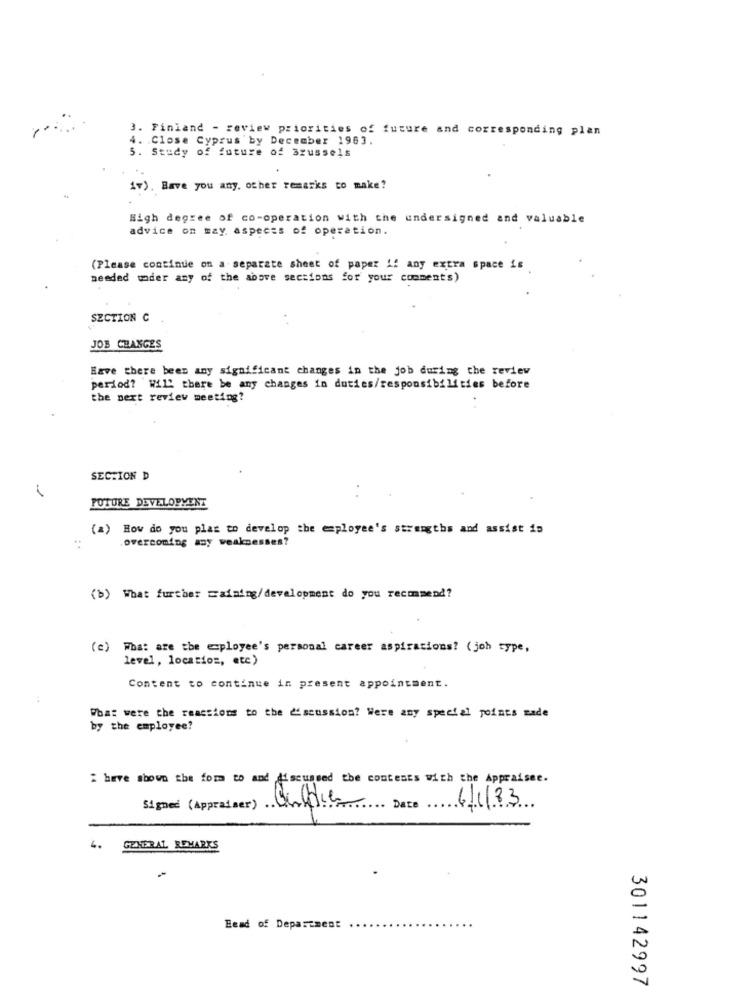
3. Finland - review priorities of future and corresponding plan
4. Close Cyprus 'by December 1963.
5. Study of future of Brussels
iv). Have you any other remarks to make?
High degree of co-operation with the undersigned and valuable
advice on may aspects of operation.
(Please continue on a separate sheet of paper !! any extra space is
needed under any of the above sections for your comments)
SECTION C
JOB CHANGES
Have there been any significant changes in the job during the review
period? Will there be any changes in duties/responsibilities before
the next review meeting?
SECTION D
1
POTURE DEVELOPMENT
(2) How do you plas to develop the employee's strengths and assist is
..
overcoming any weaknesses?
(b) What further raining/development do you recommend?
(c) What are the employee's personal career aspirations? (joh type,
level, location, etc)
Content to continue in present appointment.
What were the reactions to the discussion? Were any special points made
by the employee?
i have shown the form to and discussed the contents with the Appraisee.
Signed (Appraiser) .
Guldie
6/1/83
4.
GENERAL REMARKS
Head of Department
301142997